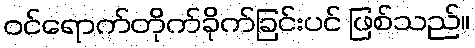
ဝင်ရောက်တိုက်ခိုက်ခြင်းပင် ဖြစ်သည်။